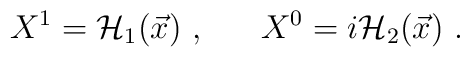
X^1 =  {\cal H}_1(\vec x) \ , ~~~~~ X^0 =  i {\cal H}_2(\vec x) \ .